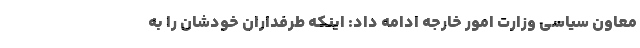
معاون سیاسی وزارت امور خارجه ادامه داد: اینکه طرفداران خودشان را به